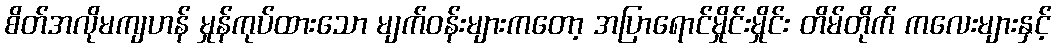
စိတ်အလိုမကျဟန် မှုန်ကုပ်ထားသော မျက်ဝန်းများကတော့ အပြာရောင်မှိုင်းမှိုင်း တိမ်တိုက် ကလေးများနှင့်